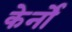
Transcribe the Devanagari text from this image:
केर्नो